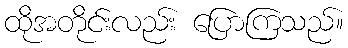
ထိုအတိုင်းလည်း ပြောကြသည်။